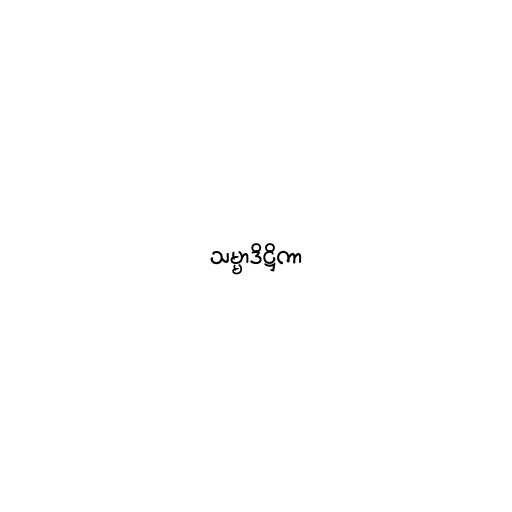
သမ္မာဒိဋ္ဌိကာ